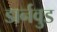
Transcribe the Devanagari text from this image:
डार्नवुड